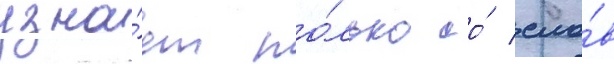
узна́ет то́лько со́ сло́в